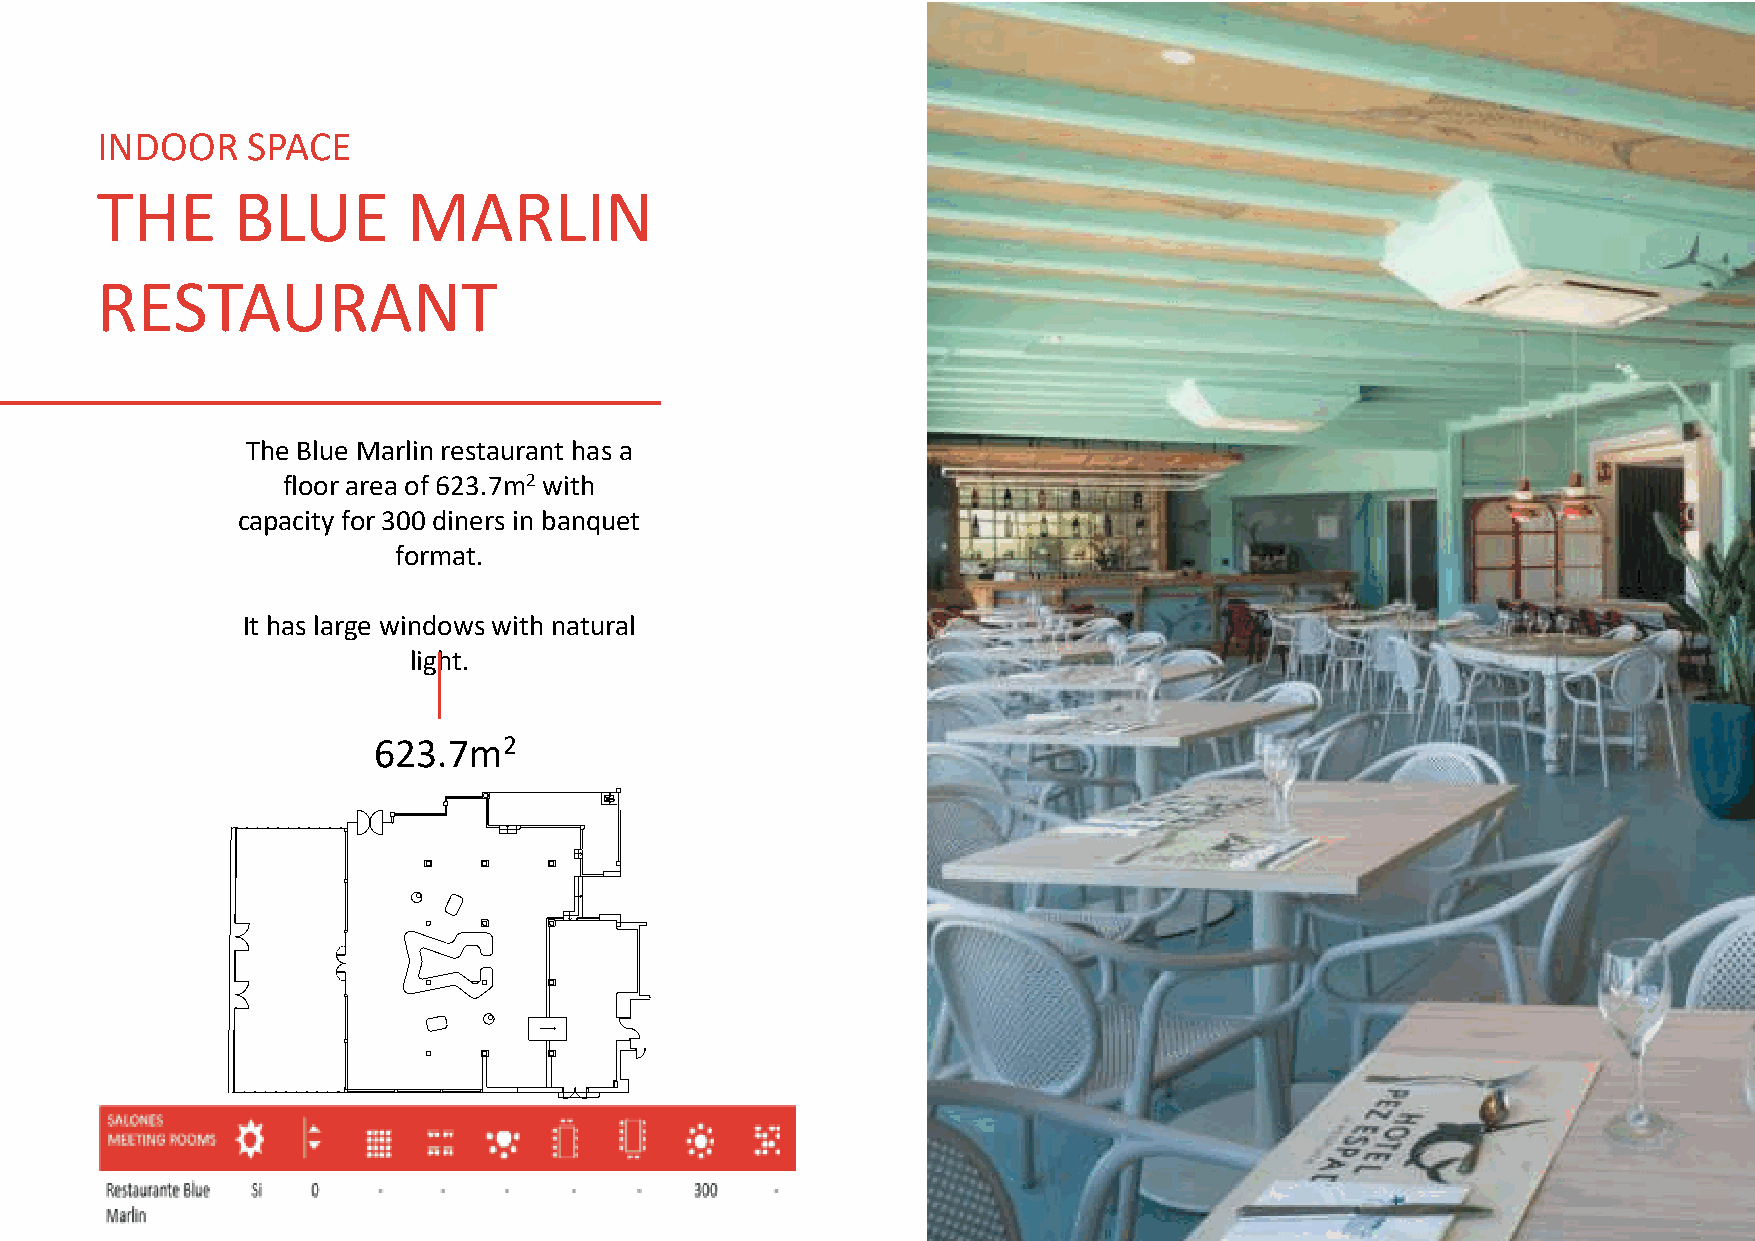
INDOOR    SPACE
 THE      BLUE        MARLIN
 RESTAURANT
 The Blue Marlin restaurant has a
 floor area of 623.7m2 with
 capacity for 300 diners in banquet
 format.
 It has large windows with natural
 light.
 623.7m2